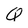
Character: Q